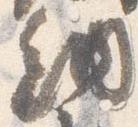
納